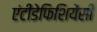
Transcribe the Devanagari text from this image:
एंटीडेफिशियेंसी